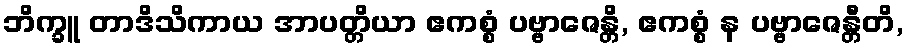
ဘိက္ခူ တာဒိသိကာယ အာပတ္တိယာ ဧကစ္စံ ပဗ္ဗာဇေန္တိ, ဧကစ္စံ န ပဗ္ဗာဇေန္တီတိ,